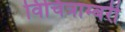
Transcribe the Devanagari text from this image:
विचित्राम्बरी